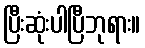
ပြီးဆုံးပါပြီဘုရား။